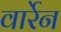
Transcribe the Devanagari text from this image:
वार्रेन